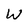
Character: W